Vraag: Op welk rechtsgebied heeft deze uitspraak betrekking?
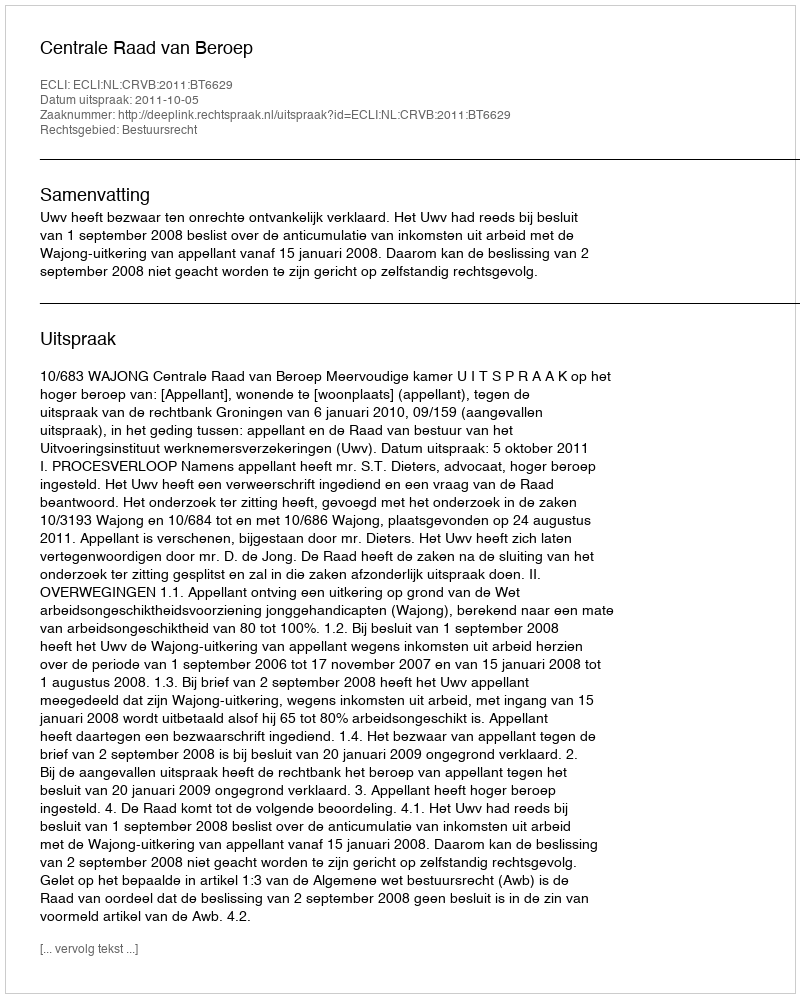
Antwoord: Bestuursrecht